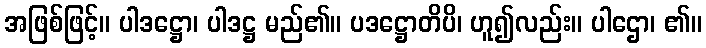
အဖြစ်ဖြင့်။ ပါဒဋ္ဌော၊ ပါဒဋ္ဌ မည်၏။ ပဒဋ္ဌောတိပိ၊ ဟူ၍လည်း။ ပါဌော၊ ၏။